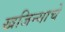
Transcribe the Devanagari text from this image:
खजिन्याचे